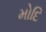
મોદિ